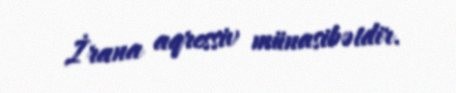
İrana aqressiv münasibətdir.